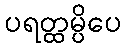
ပရတ္ထမ္ပိပေ